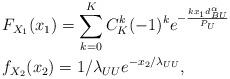
LaTeX: \begin{align*} &F_{X_1}(x_1) = \sum^K_{k=0}C^k_K(-1)^ke^{-\frac{kx_1d_{BU}^{\alpha}}{P_U}}\\&f_{X_2}(x_2) = 1/\lambda_{UU}e^{-x_2/\lambda_{UU}},\end{align*}